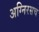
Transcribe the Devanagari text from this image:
अग्निरसच